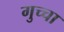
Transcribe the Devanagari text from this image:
गुच्चा